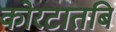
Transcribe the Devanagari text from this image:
कोरटातबि